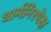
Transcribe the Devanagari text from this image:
धार्मनिरपेक्ष